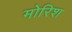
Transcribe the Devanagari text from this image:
मोरिश